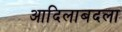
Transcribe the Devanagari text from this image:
आदिलाबदला